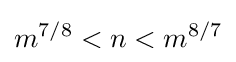
m^{7/8}<n<m^{8/7}